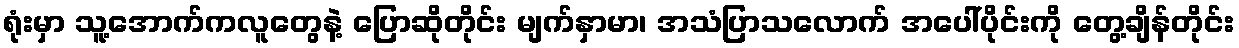
ရုံးမှာ သူ့အောက်ကလူတွေနဲ့ ပြောဆိုတိုင်း မျက်နှာမာ၊ အသံပြာသလောက် အပေါ်ပိုင်းကို တွေ့ချိန်တိုင်း